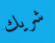
شريك